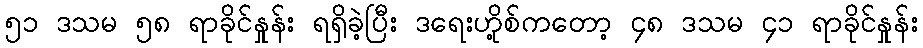
၅၁ ဒသမ ၅၈ ရာခိုင်နှုန်း ရရှိခဲ့ပြီး ဒရေးဟို့စ်ကတော့ ၄၈ ဒသမ ၄၁ ရာခိုင်နှုန်း